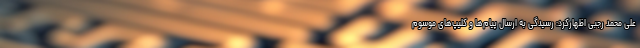
علی‌ محمد رجبی اظهارکرد: رسیدگی به ارسال پیام‌ها و کلیپ‌های موسوم